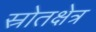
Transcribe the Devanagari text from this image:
स्रोतक्षेत्र